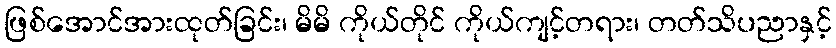
ဖြစ်အောင်အားထုတ်ခြင်း၊ မိမိ ကိုယ်တိုင် ကိုယ်ကျင့်တရား၊ တတ်သိပညာနှင့်